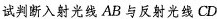
试判断入射光线AB与反射光线CD